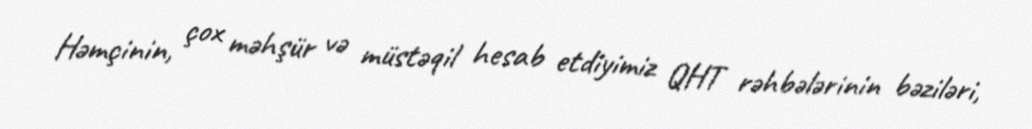
Həmçinin, çox məhşür və müstəqil hesab etdiyimiz QHT rəhbələrinin bəziləri,